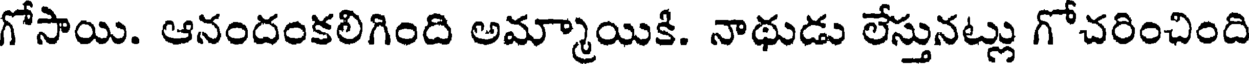
గోసాయి. ఆనందంకలిగింది అమ్మాయికి. నాథుడు లేస్తునట్లు గోచరించింది